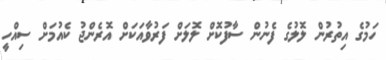
ހަމުގެ އިތުރުން ލޮލުގެ ފެނުން ސާފުކޮށް ލޮލަށް ފަރުވާއަކަށް އޮރެންޖު ކެއުމަށް ސިއްހީ